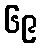
၆၉